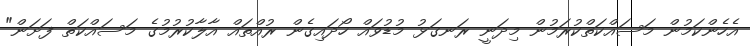
އެހެންކަމުން މަސައްކަތްކުރަމުން މިދަނީ ރަނގަޅު މުޑުވައް ހޯދައިގެން ރުއްތައް އާލާކުރުމުގެ މަސައްކަތް ފަށަން"